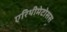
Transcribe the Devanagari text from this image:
एरिथीमेटोसस